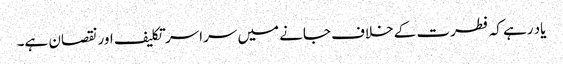
یاد رہے کہ فطرت کے خلاف جانے میں سراسر تکلیف اور نقصان ہے۔